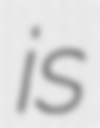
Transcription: is